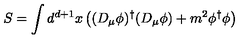
S = \int d ^ { d + 1 } x \left( ( D _ { \mu } \phi ) ^ { \dagger } ( D _ { \mu } \phi ) + m ^ { 2 } \phi ^ { \dagger } \phi \right) \,